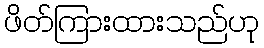
ဖိတ်ကြားထားသည်ဟု